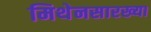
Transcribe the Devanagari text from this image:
मिथेनसारख्या